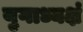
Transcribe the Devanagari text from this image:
युगाध्यक्षं